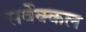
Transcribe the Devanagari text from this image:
सर्वेक्कल